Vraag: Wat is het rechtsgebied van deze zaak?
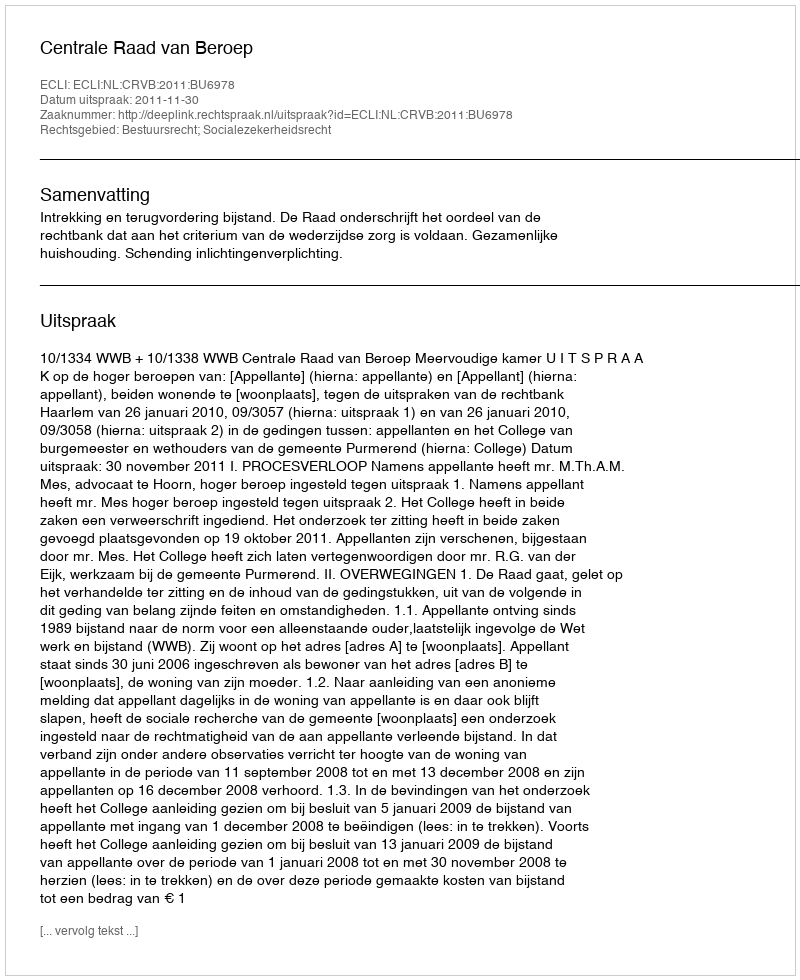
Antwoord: Bestuursrecht; Socialezekerheidsrecht